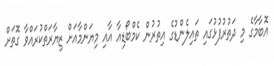
އޮބާމާގެ މި ދަތުރުފުޅުގައި ތައިލެންޑުގެ އިތުރުން ކެމްބޯޑިއާ އާއި މިޔަންމާއަށް ޒިޔާރަތްކުރައްވާ ގޮތަށް